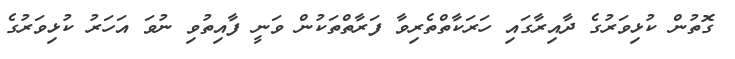
ގޮތުން ކުޅިވަރުގެ ދާއިރާގައި ހަރަކާތްތެރިވާ ފަރާތްތަކުން ވަނީ ފާއިތުވި ނުވަ އަހަރު ކުޅިވަރުގެ